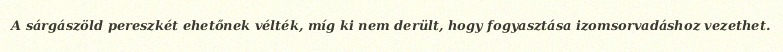
A sárgászöld pereszkét ehetőnek vélték, míg ki nem derült, hogy fogyasztása izomsorvadáshoz vezethet.